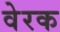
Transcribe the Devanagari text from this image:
वेरक